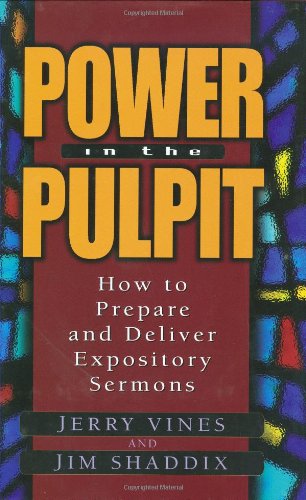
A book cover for Power in the Pulpit: How to Prepare and Deliver Expository Sermons; Jerry Vines; Christian Books & Bibles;